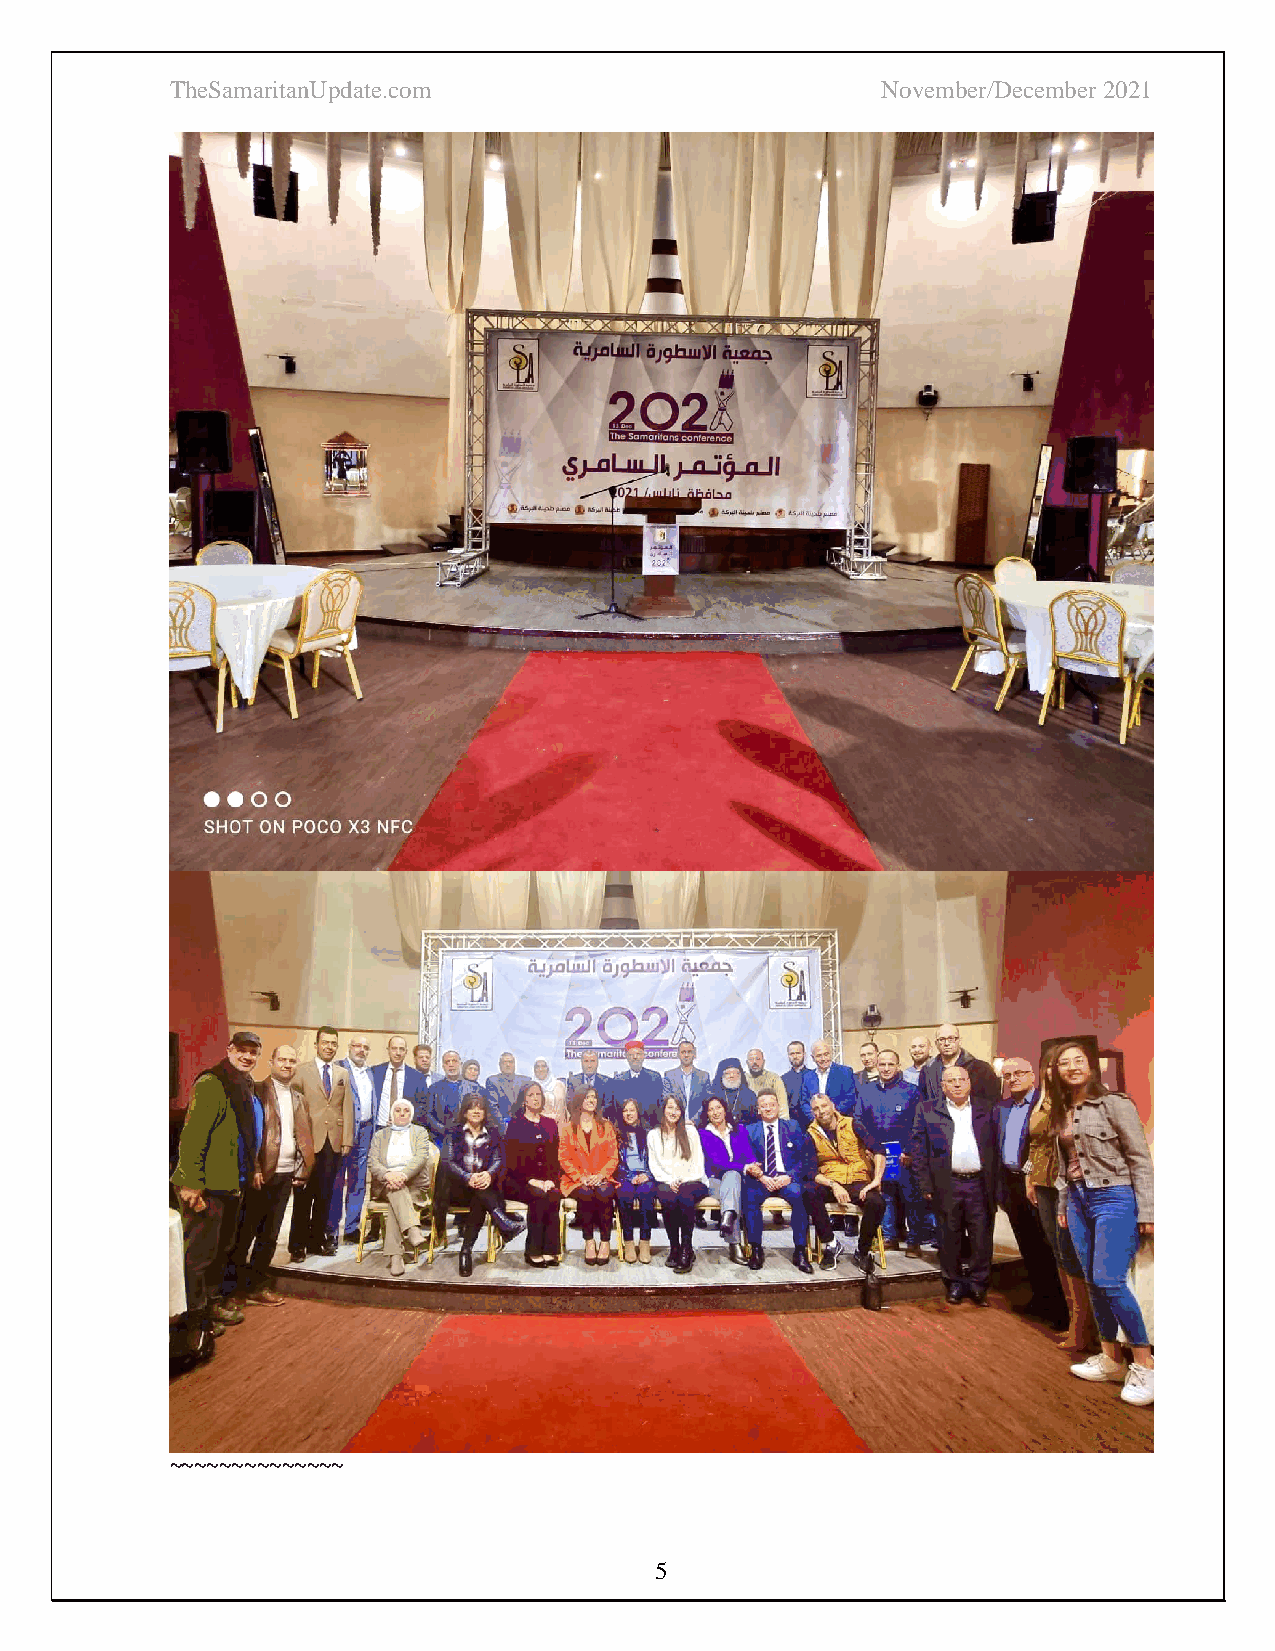
TheSamaritanUpdate.com                         November/December 2021
 ~~~~~~~~~~~~~~
 5